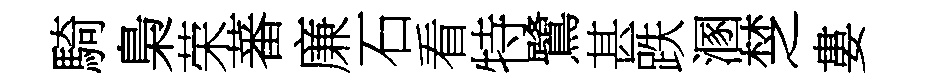
騎梟荣蕃廉石看特鷺甚跌溷椘婁